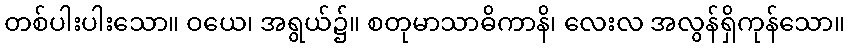
တစ်ပါးပါးသော။ ဝယေ၊ အရွယ်၌။ စတုမာသာဓိကာနိ၊ လေးလ အလွန်ရှိကုန်သော။